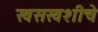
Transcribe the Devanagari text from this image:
खसखशीचे